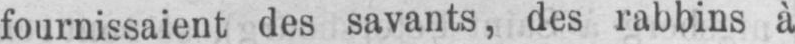
fournissaient des savants, des rabbins à